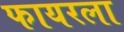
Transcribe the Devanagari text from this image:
फायरला